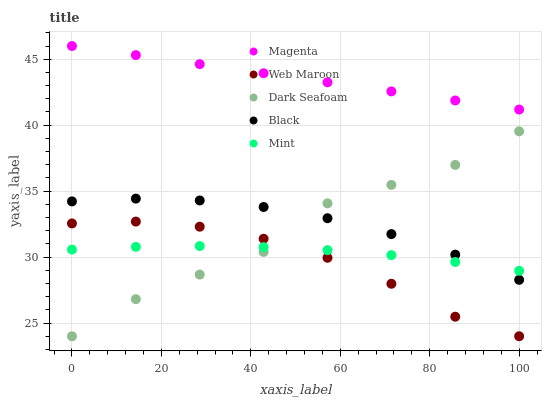
| xaxis_label | Magenta | Web Maroon | Dark Seafoam | Black | Mint |
 | --- | --- | --- | --- | --- | --- |
 | 0 | 46 | 32.6 | 24 | 34.2 | 30.6 |
 | 14.3 | 45.3 | 32.7 | 26.8 | 34.4 | 30.8 |
 | 28.6 | 44.6 | 32.3 | 28.7 | 34.3 | 30.8 |
 | 42.9 | 43.9 | 31.4 | 30.4 | 33.8 | 30.8 |
 | 57.1 | 43.2 | 29.9 | 34.1 | 32.9 | 30.5 |
 | 71.4 | 42.6 | 28 | 35.5 | 31.7 | 30.2 |
 | 85.7 | 41.9 | 25.5 | 37 | 30.2 | 29.6 |
 | 100 | 41.2 | 24 | 39.5 | 28.3 | 29 |